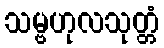
သမ္ဗဟုလသုတ္တံ